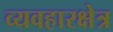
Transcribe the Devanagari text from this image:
व्यवहारक्षेत्र